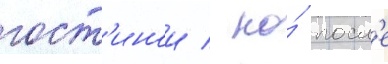
гост'инои / но́ посл'е